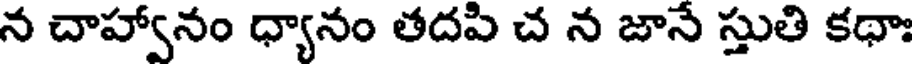
న చాహ్వానం ధ్యానం తదపి చ న జానే స్తుతి కథాః